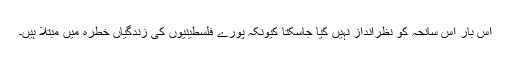
اس بار اس سانحہ کو نظرانداز نہیں کیا جاسکتا کیونکہ پورے فلسطینیوں کی زندگیاں خطرہ میں مبتلا ہیں۔